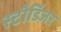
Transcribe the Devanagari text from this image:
स्टौडिंजर